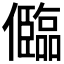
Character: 𠐼